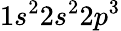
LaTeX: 1s^{2}2s^{2}2p^{3}